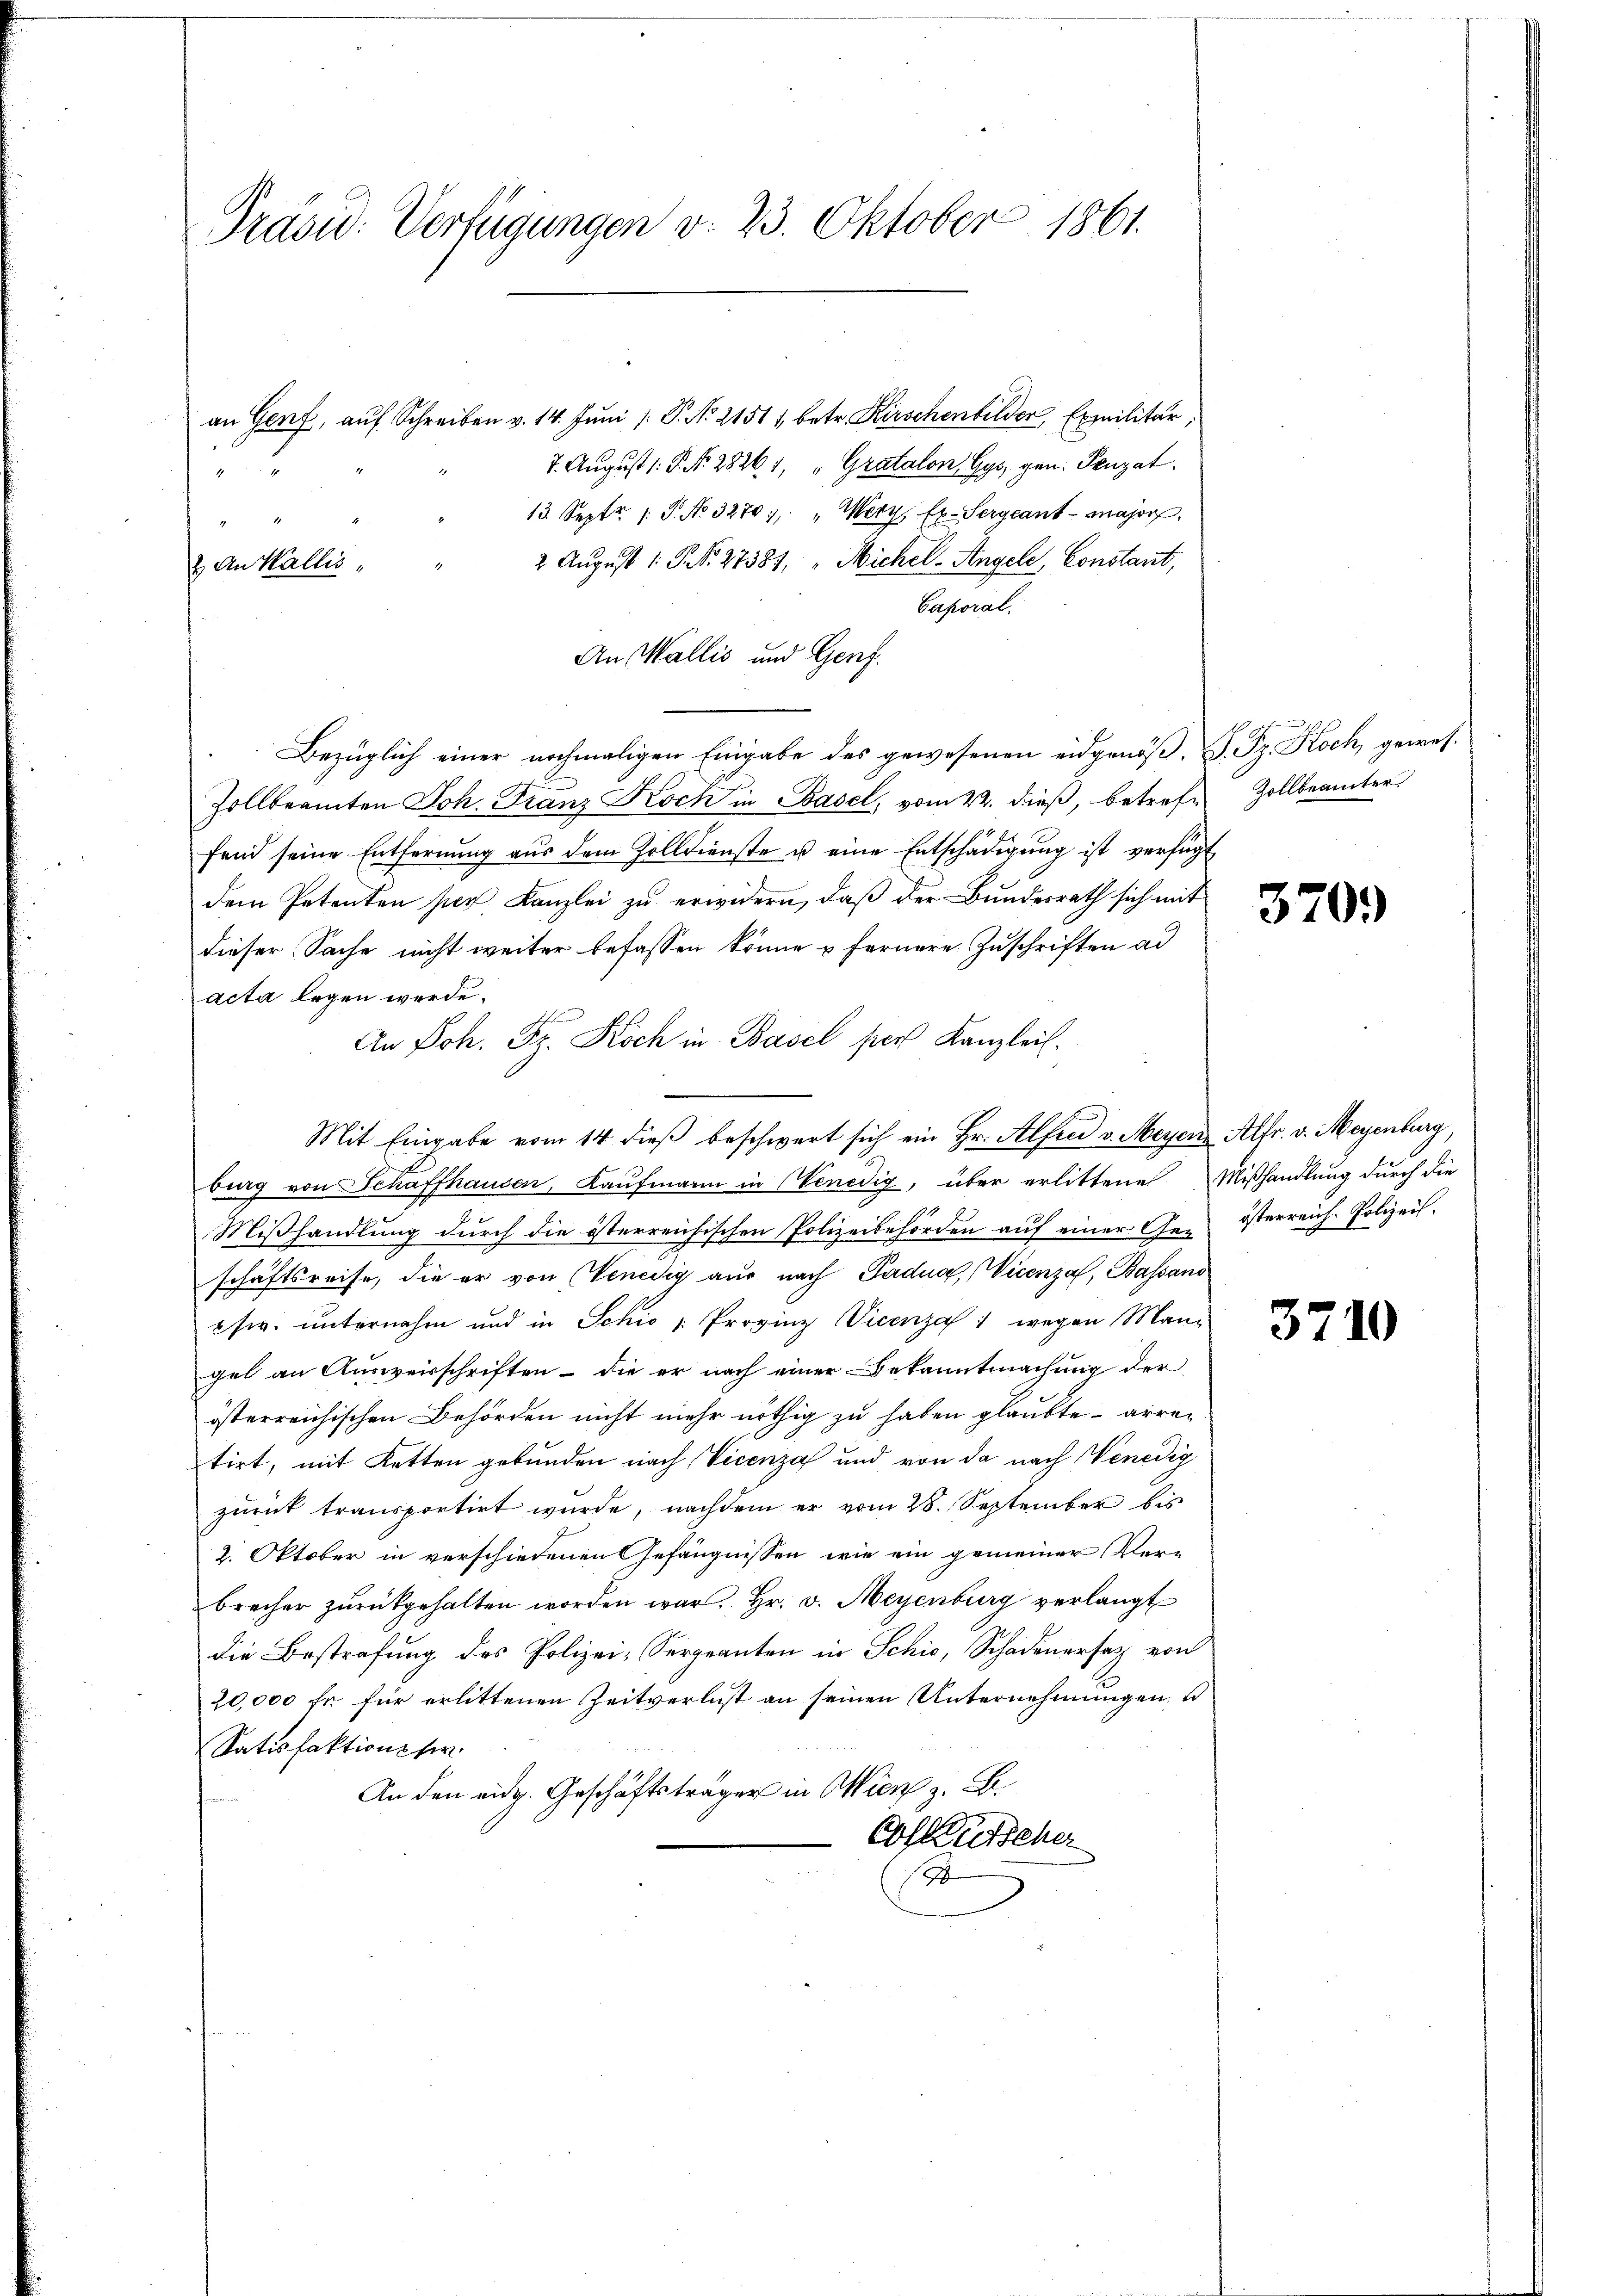
Präsid. Verfügungen v. 23. Oktober 1861.

an Genf, auf Schreiben v. 14. Juni /: P. No 21511 betr. Kirschenbilder, Exmilitär,
7. August 1. P. Nr. 28261, "Gratalon Gys, gen. Penzat
13. Septr. 1. P. No. 3270), "Wery, Ex-Sergeant-Major
2 August 1. P. Nr. 27381, " Michel- Angele, Constant,
Caporal.
An Wallis und Genf.
Bezüglich einer nochmaligen Eingabe des gewesenen eidgenöß¬ F. Sr. Koch, gewes¬
Zollbeamten Joh. Franz Koch in Basel, vom 22. dieß, betreffend seine Entfernŭng aŭs dem Zolldienste u eine Entschädigŭng ist verfügt
dem Petenten per Kanzlei zu erwidern, daß der Bundesrath sich mit
dieser Sache nicht weiter befassen könne & fernere Zuschriften ad
acta legen werde.
An Joh. Bz. Koch in Basel pers Kanzleit.
Mit Eingabe vom 14 dieβ beschwert sich ein Hr. Alfen v. Meyer Alfr. v. Meyenburg
burg von Schaffhausen, Kaufmann in (Venedig, über erlittene Mißhandlung durch die
Mißhandlung durch die österreichischen Polizeibehörden auf einer Ge- österreich. Polizeil
schaftsreise, die er von Venedig aus nach Padua, Vicenza, Bassano
sw. unternahm und in Schio Provinz Vicenza 1 wegen Man-
gel an Ausweisschriften – die er nach einer Bekanntmachung der
österreichischen Behörden nicht mehr nöthig zu haben glaubte - arren
tirt, mit Ketten gebunden nach Vicenza und von da nach Venedig
zŭrück transportirt wurde, nachdem er vom 28. September bis
2. Oktober in verschiedenen Gefängnissen wie ein gemeiner Ver-
brecher zurückgehalten worden war. Hr. v. Meyenburg verlangt
die Bestrafung des Polizei- Sergeanten in Schic, Schadenersatz von
20,000 fr für erlittenen Zeitverlust an seinen Unternehmungen, u
Satisfaktions ser
An den eidg. Geschäftsträger in Wien z. B.
Cosleutscher
1

3
2. An Wallis

Zollbeamter

370.

3710